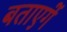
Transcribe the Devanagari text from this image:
बताएगें